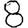
Digit: 8